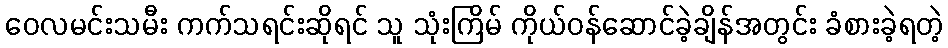
ဝေလမင်းသမီး ကက်သရင်းဆိုရင် သူ သုံးကြိမ် ကိုယ်ဝန်ဆောင်ခဲ့ချိန်အတွင်း ခံစားခဲ့ရတဲ့